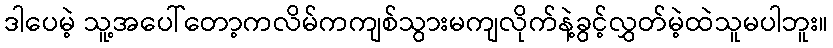
ဒါပေမဲ့ သူ့အပေါ်တော့ကလိမ်ကကျစ်သွားမကျလိုက်နဲ့ခွင့်လွှတ်မဲ့ထဲသူမပါဘူး။